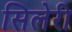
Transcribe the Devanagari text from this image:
सिलेरी